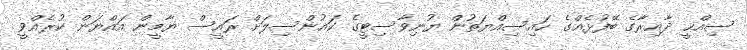
ސިއްޙީ ދާއިރާގެ ބޭފުޅެއްގެ ހައިސިއްޔަތުން ޔުނިވާސިޓީގެ ކައުންސިލަށް ރައީސް ޔާމީން އައްޔަން ކުރެއްވީ